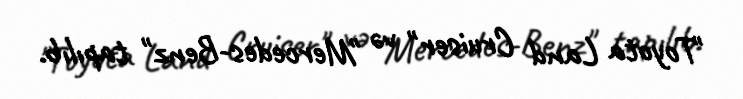
"Toyota Land Cruiser" və "Mercedes-Benz" tapılıb.